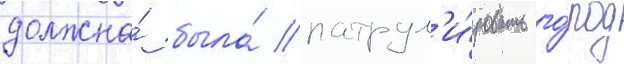
должна́ была́ патрул'и́ровать го́род